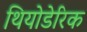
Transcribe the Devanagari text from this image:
थियोडेरिक